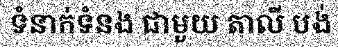
ទំនាក់ទំនង ជាមួយ តាលី បង់